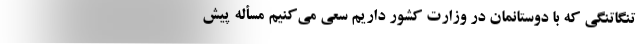
تنگاتنگی که با دوستانمان در وزارت کشور داریم سعی می‌کنیم مسأله پیش